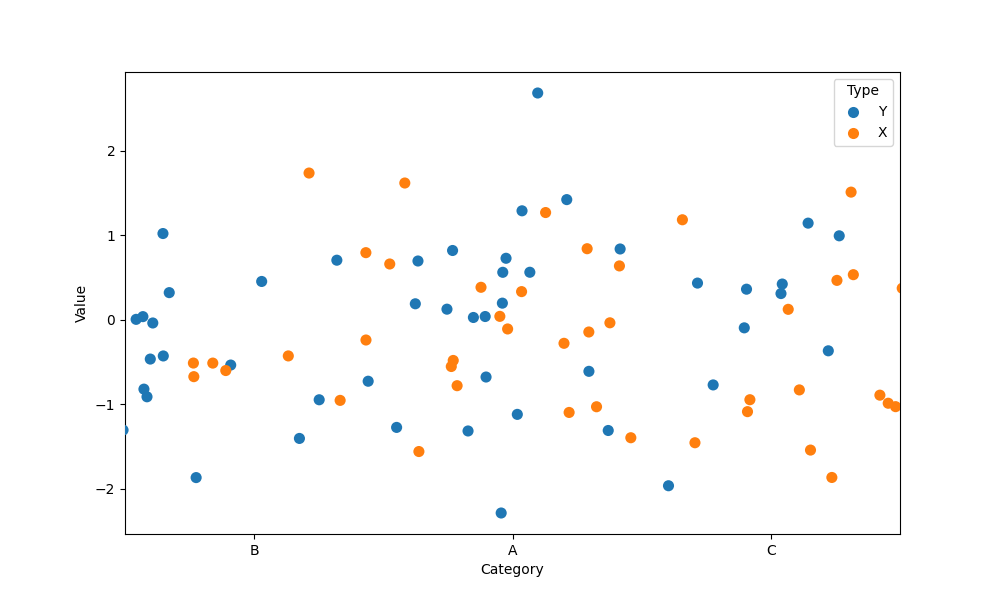
python, seaborn, stripplot, jitter=True, dodge=True, alpha=1.0, size=8